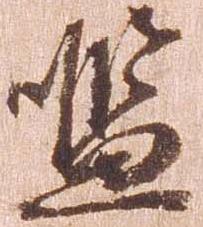
濫